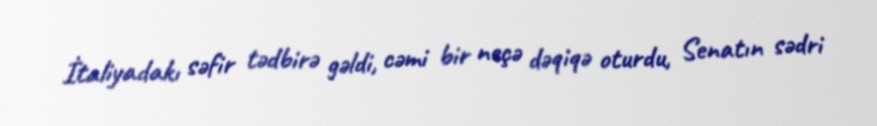
İtaliyadakı səfir tədbirə gəldi, cəmi bir neçə dəqiqə oturdu, Senatın sədri